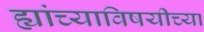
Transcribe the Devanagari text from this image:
ह्यांच्याविषयीच्या